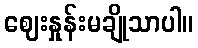
ဈေးနှုန်းမချိုသာပါ။